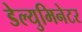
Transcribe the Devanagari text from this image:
डेल्युमिनेटर